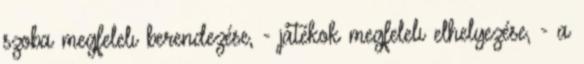
szoba megfelelı berendezése, - játékok megfelelı elhelyezése, - a